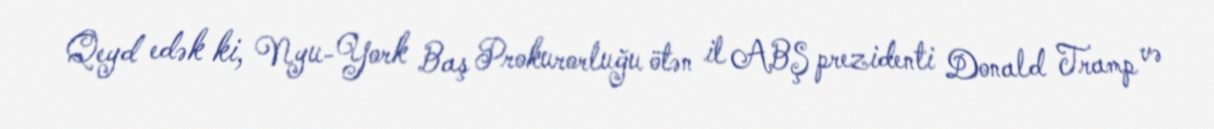
Qeyd edək ki, Nyu-York Baş Prokurorluğu ötən il ABŞ prezidenti Donald Tramp və